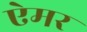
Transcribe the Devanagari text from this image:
ऐमर